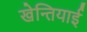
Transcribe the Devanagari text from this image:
खेन्तियाई